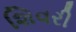
શિવરી